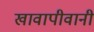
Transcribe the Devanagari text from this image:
खावापीवानी